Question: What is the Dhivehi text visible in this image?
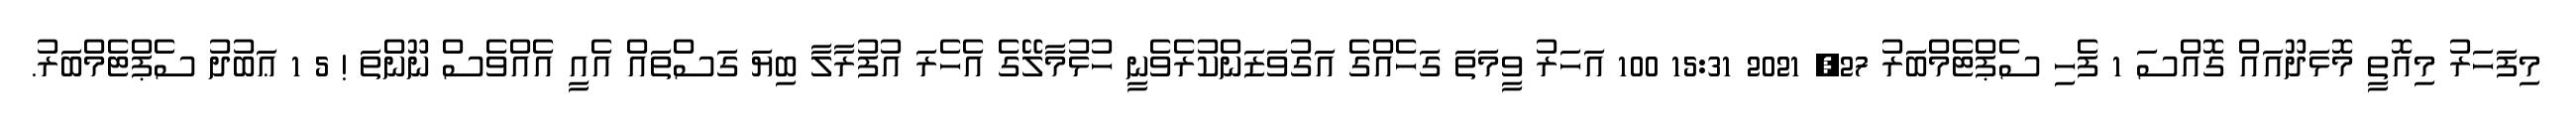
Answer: މިފަހަރު މިއޮތީ މޮޅަދޫއައް ގޮއްސަ 1 ފެހި ސެޕްޓެމްބަރު 27, 2021 15:31 100 އަހަރު ވީމަތަ ގަހެއްގެ އަގުވަޒަންކުރެވެނީ ހުޅުމާލޭގެ އެހެރަ އުފުރާލާ ބިޔަ ގަސްތައް އެއީ އެއްވެސް ނޫންތަ ! 5 1 ޢަބުދު ސެޕްޓެމްބަރު.